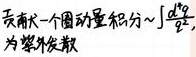
求商一个圈动量积分\(\sim\int\frac{\mathrm{d}^4\ell}{2}\)为整发散